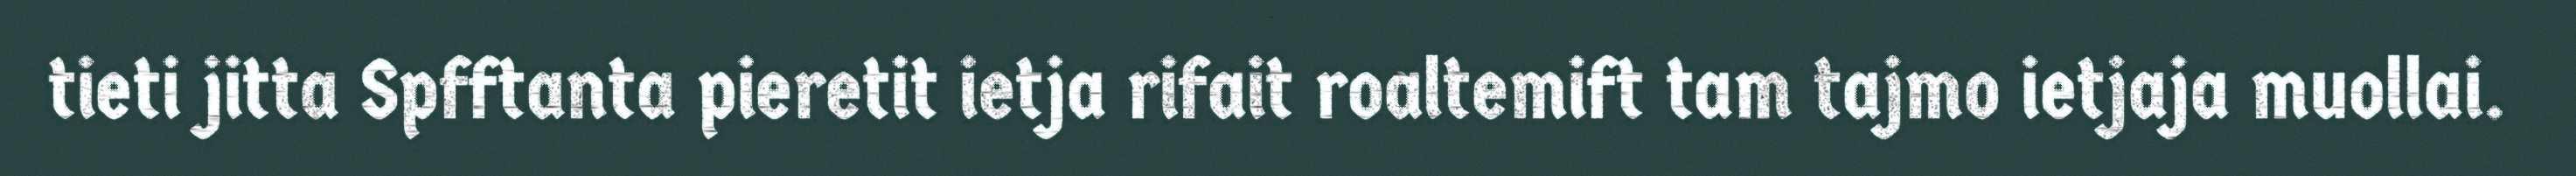
tieti jitta Spfftanta pieretit ietja rifait roaltemift tam tajmo ietjaja muollai.